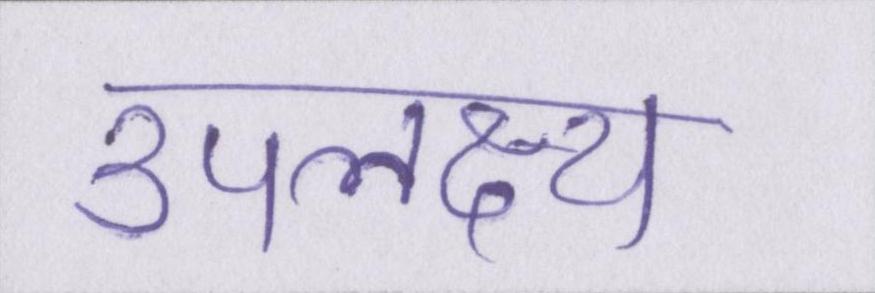
उपलक्ष्य